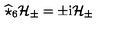
\widehat { \star } _ { 6 } { \mathcal { H } } _ { \pm } = \pm \mathrm { i } { \mathcal { H } } _ { \pm }